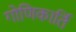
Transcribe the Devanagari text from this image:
गोणिकार्ति